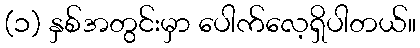
(၁) နှစ်အတွင်းမှာ ပေါက်လေ့ရှိပါတယ်။